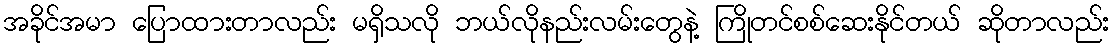
အခိုင်အမာ ပြောထားတာလည်း မရှိသလို ဘယ်လိုနည်းလမ်းတွေနဲ့ ကြိုတင်စစ်ဆေးနိုင်တယ် ဆိုတာလည်း